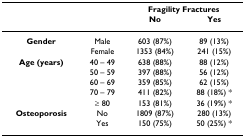
|  |  | <COLSPAN=2> Fragility Fractures |
 |  |  | No | Yes |
 | --- | --- | --- | --- |
 | Gender | Male | 603 (87%) | 89 (13%) |
 |  | Female | 1353 (84%) | 241 (15%) |
 | Age (years) | 40 – 49 | 638 (88%) | 88 (12%) |
 |  | 50 – 59 | 397 (88%) | 56 (12%) |
 |  | 60 – 69 | 359 (85%) | 62 (15%) |
 |  | 70 – 79 | 411 (82%) | 88 (18%) * |
 |  | ≥ 80 | 153 (81%) | 36 (19%) * |
 | Osteoporosis | No | 1809 (87%) | 280 (13%) |
 |  | Yes | 150 (75%) | 50 (25%) * |